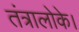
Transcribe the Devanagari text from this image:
तंत्रालोके।